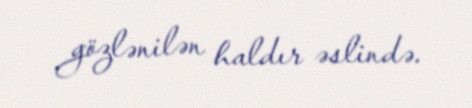
gözlənilən haldır əslində.